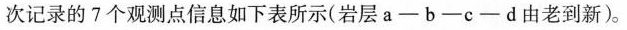
次记录的7个观测点信息如下表所示(岩层a-b-c-d由老到新)。